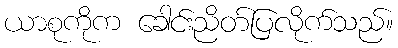
ယာစုကိုက ခေါင်းညိတ်ပြလိုက်သည်။